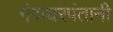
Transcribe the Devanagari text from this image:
गंगाधरपंतानी